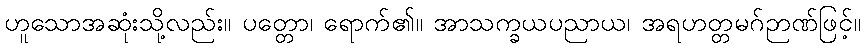
ဟူသောအဆုံးသို့လည်း။ ပတ္တော၊ ရောက်၏။ အာသက္ခယပညာယ၊ အရဟတ္တမဂ်ဉာဏ်ဖြင့်။